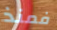
فمنذ